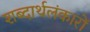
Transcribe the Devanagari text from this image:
शब्दार्थलंकारों